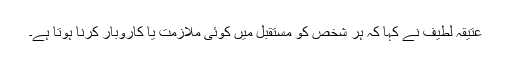
عتیقہ لطیف نے کہا کہ ہر شخص کو مستقبل میں کوئی ملازمت یا کاروبار کرنا ہوتا ہے۔